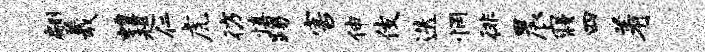
翩羲蝗趄仁虎彷慎踢害伸伎迭惘徘晨寝四着